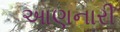
આણનારી